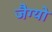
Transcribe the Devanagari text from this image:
जैग्यो